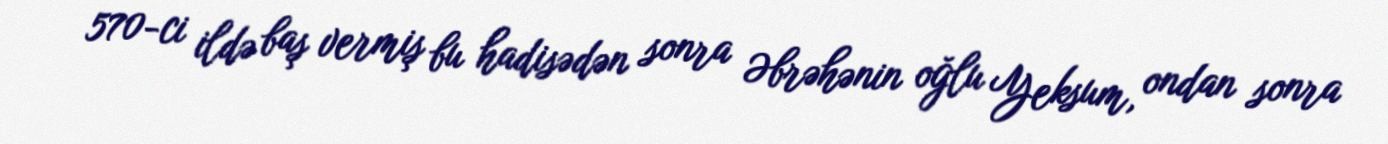
570-ci ildə baş vermiş bu hadisədən sonra Əbrəhənin oğlu Yeksum, ondan sonra